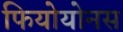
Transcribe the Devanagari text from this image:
फियोयोनस